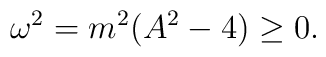
\omega^2=m^2(A^2-4)\geq0.